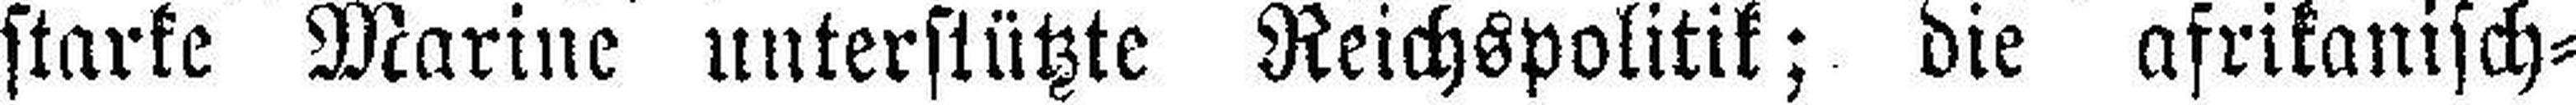
starke Marine unterstützte Reichspolitik; die afrikanisch¬